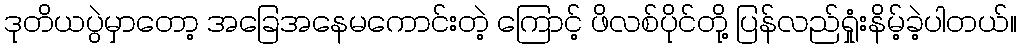
ဒုတိယပွဲမှာတော့ အခြေအနေမကောင်းတဲ့ ကြောင့် ဖိလစ်ပိုင်တို့ ပြန်လည်ရှုံးနိမ့်ခဲ့ပါတယ်။